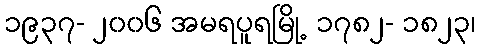
၁၉၃၇- ၂၀၀၆ အမရပူရမြို့ ၁၇၈၂- ၁၈၂၃၊